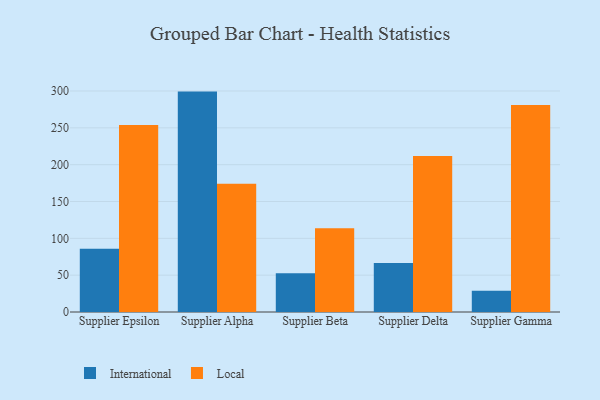
{"axis": {"x": "Supplier", "y": "Operating Costs (USD K)"}, "legend": ["International", "Local"], "data": [{"x": "Supplier Epsilon", "y": 86.0, "type": "International"}, {"x": "Supplier Epsilon", "y": 253.8, "type": "Local"}, {"x": "Supplier Alpha", "y": 299.2, "type": "International"}, {"x": "Supplier Alpha", "y": 174.1, "type": "Local"}, {"x": "Supplier Beta", "y": 52.6, "type": "International"}, {"x": "Supplier Beta", "y": 113.6, "type": "Local"}, {"x": "Supplier Delta", "y": 66.5, "type": "International"}, {"x": "Supplier Delta", "y": 211.9, "type": "Local"}, {"x": "Supplier Gamma", "y": 28.7, "type": "International"}, {"x": "Supplier Gamma", "y": 281.1, "type": "Local"}]}